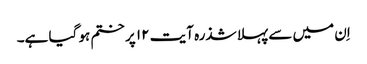
اِن میں سے پہلا شذرہ آیت ۱۲ پر ختم ہو گیا ہے۔